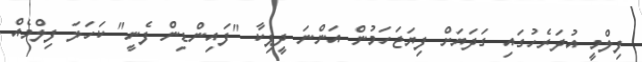
ފިލްމީ އުދަރެހުގައި ގަދަޔަށް ފިޔަޖަހަމުން އަންނަ ދީޕިކާ "ފައިންޑިން ފެނީ" ކަހަލަ ފިލްމެއް